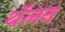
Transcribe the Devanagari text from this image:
थॅलन